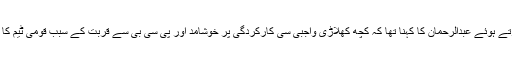
میڈیا سے گفتگو کرتے ہوئے عبدالرحمان کا کہنا تھا کہ کچھ کھلاڑی واجبی سی کارکردگی پر خوشامد اور پی سی بی سے قربت کے سبب قومی ٹیم کا حصہ بن جاتے ہیں۔